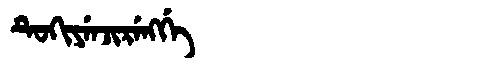
Manchu: ᡨᡠᡴᡳᠶᡝᠨᠵᡳᡵᡝᠩᡤᡝ
Romanization: TUKIYENJIRENGGE